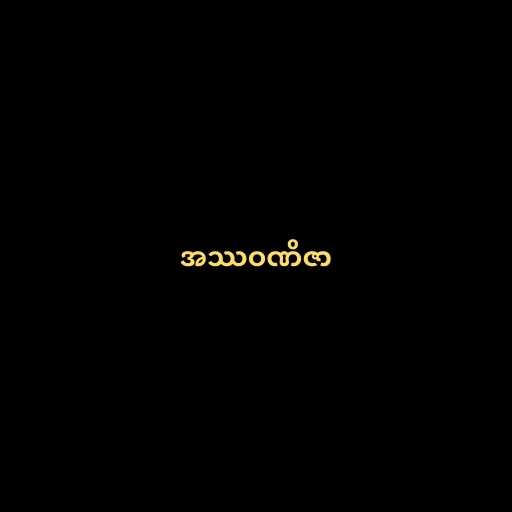
အဿဝဏိဇာ